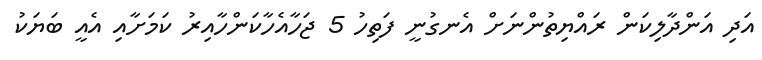
އަދި އަންދާލިކަން ރައްޔިތުންނަށް އެނގުނީ ފަތިހު 5 ޖަހާއެހާކަންހާއިރު ކަމަށާއި އެއީ ބަޔަކު